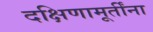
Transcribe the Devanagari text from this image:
दक्षिणामूर्तींना